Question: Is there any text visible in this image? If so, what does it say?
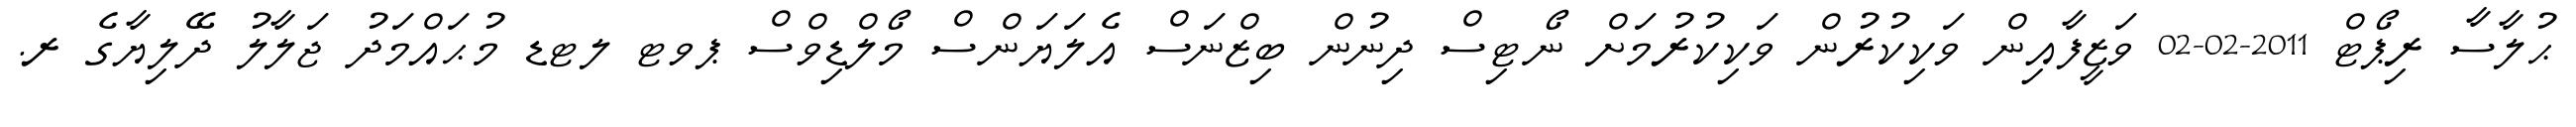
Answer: ޙުލާސާ ރިޕޯޓް 2011-02-02 ވަޒީފާއިން ވަކިކުރުން ވަކިކުރުމަށް ނޯޓިސް ދިނުން ބިޒްނަސް އެލަޔަންސް މޯލްޑިވްސް ޕވޓ ލޓޑ މުޙައްމަދު ޖަލާލު ދޭލިޔާގެ ރ.